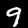
Digit: 9